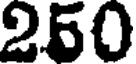
250